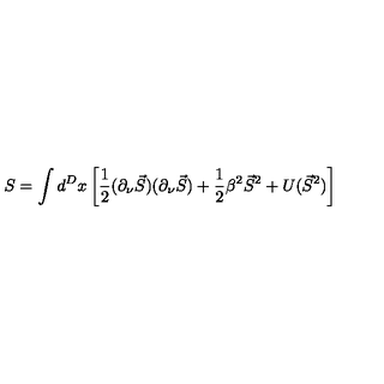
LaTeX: S = \int d ^ { D } x \left[ \frac 1 2 ( \partial _ { \nu } \vec { S } ) ( \partial _ { \nu } \vec { S } ) + \frac 1 2 \beta ^ { 2 } \vec { S } ^ { 2 } + U ( \vec { S } ^ { 2 } ) \right]